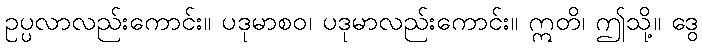
ဥပ္ပလာလည်းကောင်း။ ပဒုမာစဝ၊ ပဒုမာလည်းကောင်း။ ဣတိ၊ ဤသို့။ ဒွေ